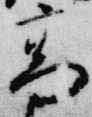
高